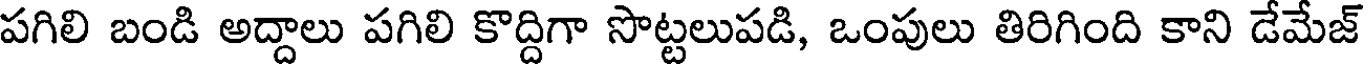
పగిలి బండి అద్దాలు పగిలి కొద్దిగా సొట్టలుపడి, ఒంపులు తిరిగింది కాని డేమేజ్